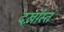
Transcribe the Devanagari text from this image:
दर्ख़ास्त